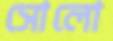
সোলো